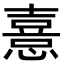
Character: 憙